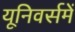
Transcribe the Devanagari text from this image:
यूनिवर्समें